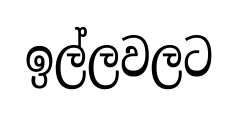
ඉල්ලවලට